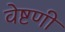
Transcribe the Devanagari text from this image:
वेष्टणी